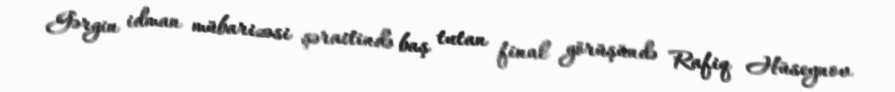
Gərgin idman mübarizəsi şəraitində baş tutan final görüşündə Rafiq Hüseynov